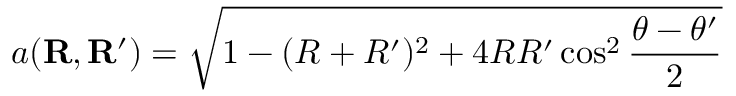
a ( \mathbf { R } , \mathbf { R } ^ { \prime } ) = \sqrt { 1 - ( R + R ^ { \prime } ) ^ { 2 } + 4 R R ^ { \prime } \cos ^ { 2 } \frac { \theta - \theta ^ { \prime } } { 2 } }